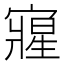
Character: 𭔘